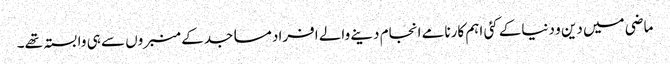
ماضی میں دین و دنیاکے کئی اہم کارنامے انجام دینے والے افراد مساجدکے منبروں سے ہی وابستہ تھے۔